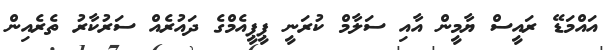
އައްމަޑޭ ރައީސް ޔާމީން އާއި ސަލާމް ކުރަނީ ޕީޕީއެމްގެ ދައުރެއް ސަރުކާރު ތެރެއިން